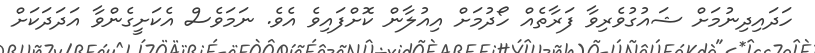
ހަދައިދިނުމަށް ޝައުގުވެރިވާ ފަރާތެއް ހޯދުމަށް އިއުލާން ކޮށްފައިވެ އެވެ. ނަމަވެސް އެކަށީގެންވާ އަދަދަކަށް